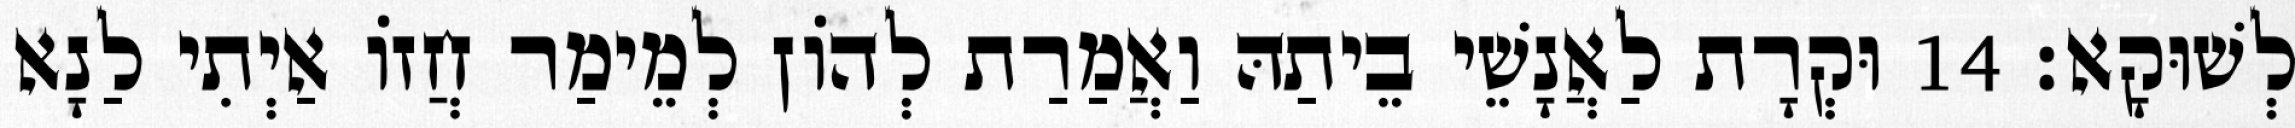
לְשׁוּקָא׃ 14 וּקְרָת לַאֲנָשֵׁי בֵיתַהּ וַאֲמַרַת לְהוֹן לְמֵימַר חֲזוֹ אַיְתִי לַנָא